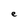
Character: e